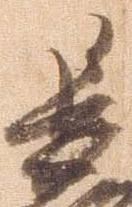
長